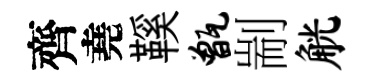
齊堯鞵甑剬觥